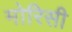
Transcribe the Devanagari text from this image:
मोरिसी